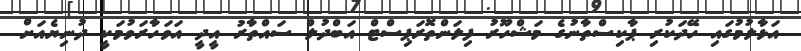
އަޅާލުމުގައި ހޭދަކުރި ޕާކިސްތާނުގެ މަޝްހޫރު ފިލަންތޮރަޕިސްޓް އަބްދުލް ސައްތާރު އީދީ އަވަހާރަވުމަކީ ދުނިޔެއަށް